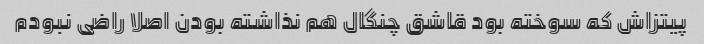
پیتزاش که سوخته بود قاشق چنگال هم نذاشته بودن اصلا راضی نبودم